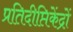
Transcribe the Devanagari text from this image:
प्रतिदीप्तिकेंद्रों